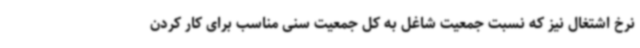
نرخ اشتغال نیز که نسبت جمعیت شاغل به کل جمعیت سنی مناسب برای کار کردن